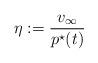
LaTeX: \begin{align*}\eta:= \frac{v_{\infty}}{p^\star(t)}\end{align*}